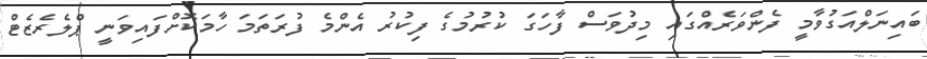
ބައިނަލްއަގުވާމީ ފެންވަރެއްގައި މިދުވަސް ފާހަގަ ކުރުމުގެ ފިކުރު އެންމެ ފުރަތަމަ ހާމަކޮށްފައިވަނީ ޕްލެރެޒެޓް